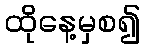
ထိုနေ့မှစ၍